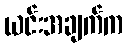
ယင်းအချက်က